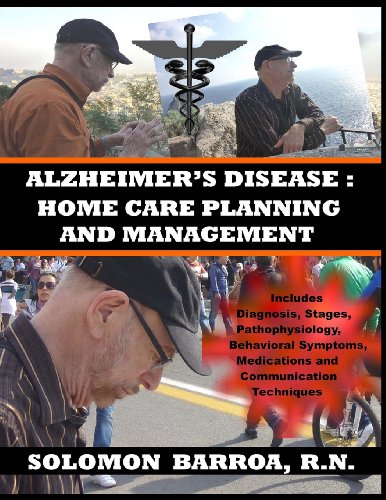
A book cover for ALZHEIMER'S DISEASE: Home Care Planning and Management; Solomon Barroa R.N.; Medical Books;